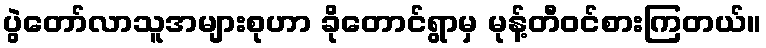
ပွဲတော်လာသူအများစုဟာ ခိုတောင်ရွာမှ မုန့်တီဝင်စားကြတယ်။